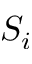
S _ { i }